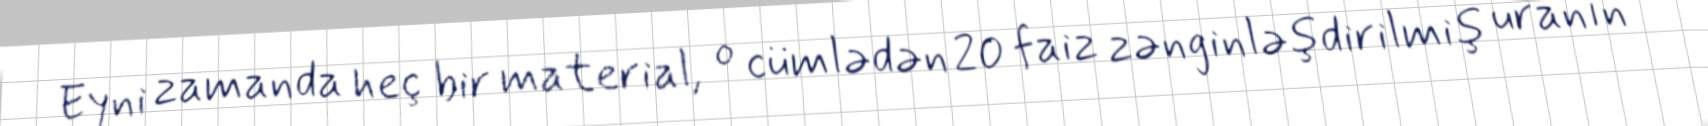
Eyni zamanda heç bir material, o cümlədən 20 faiz zənginləşdirilmiş uranın